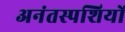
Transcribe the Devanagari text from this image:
अनंतस्पशियों